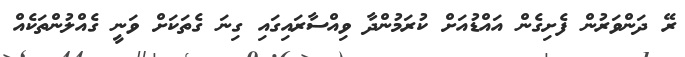
ރޭ ދަންވަރުން ފެށިގެން އައްޑުއަށް ކުރަމުންދާ ވިއްސާރައިގައި ގިނަ ގެތަކަށް ވަނީ ގެއްލުންތަކެއް